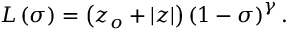
L \left( \sigma \right) = \left( z _ { o } + | z | \right) \left( 1 - \sigma \right) ^ { \gamma } .